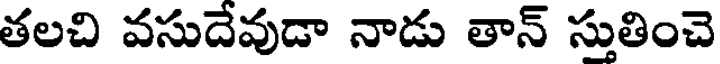
తలచి వసుదేవుడా నాడు తాన్ స్తుతించె